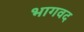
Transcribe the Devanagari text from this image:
भागवद